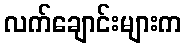
လက်ချောင်းများက